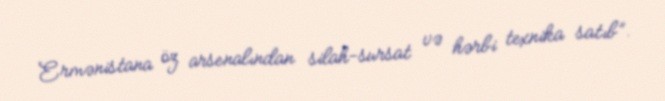
Ermənistana öz arsenalından silah-sursat və hərbi texnika satıb”.